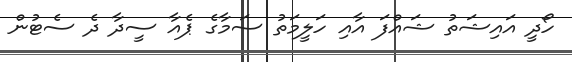
ހޯދީ އައިޝަތު ޝައްފަ އާއި ހަލީމަތު ސަމާގެ ޕެއާ ސީދާ ދެ ސެޓުން